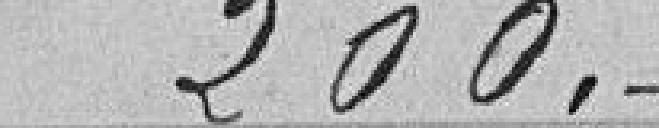
200 francs